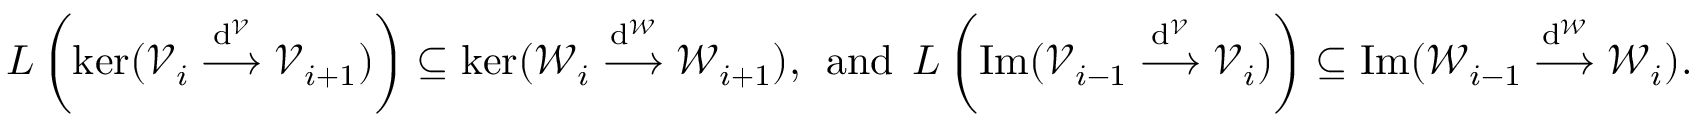
L \left( \ker ( \mathcal { V } _ { i } \stackrel { \mathrm { d } ^ { \mathcal { V } } } { \longrightarrow } \mathcal { V } _ { i + 1 } ) \right) \subseteq \ker ( \mathcal { W } _ { i } \stackrel { \mathrm { d } ^ { \mathcal { W } } } { \longrightarrow } \mathcal { W } _ { i + 1 } ) , \, \; \mathrm { a n d } \, \; L \left( \mathrm { I m } ( \mathcal { V } _ { i - 1 } \stackrel { \mathrm { d } ^ { \mathcal { V } } } { \longrightarrow } \mathcal { V } _ { i } ) \right) \subseteq \mathrm { I m } ( \mathcal { W } _ { i - 1 } \stackrel { \mathrm { d } ^ { \mathcal { W } } } { \longrightarrow } \mathcal { W } _ { i } ) .